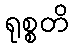
ရုစ္စတိ